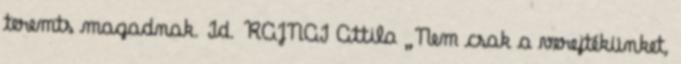
teremts magadnak. Id. RAJNAI Attila „Nem csak a verejtékünket,